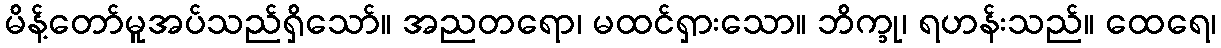
မိန့်တော်မူအပ်သည်ရှိသော်။ အညတရော၊ မထင်ရှားသော။ ဘိက္ခု၊ ရဟန်းသည်။ ထေရေ၊